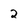
Character: 2